Annual report on the working of the mental hospitals in the Madras Presidency - 1912-1932
Year: 1912
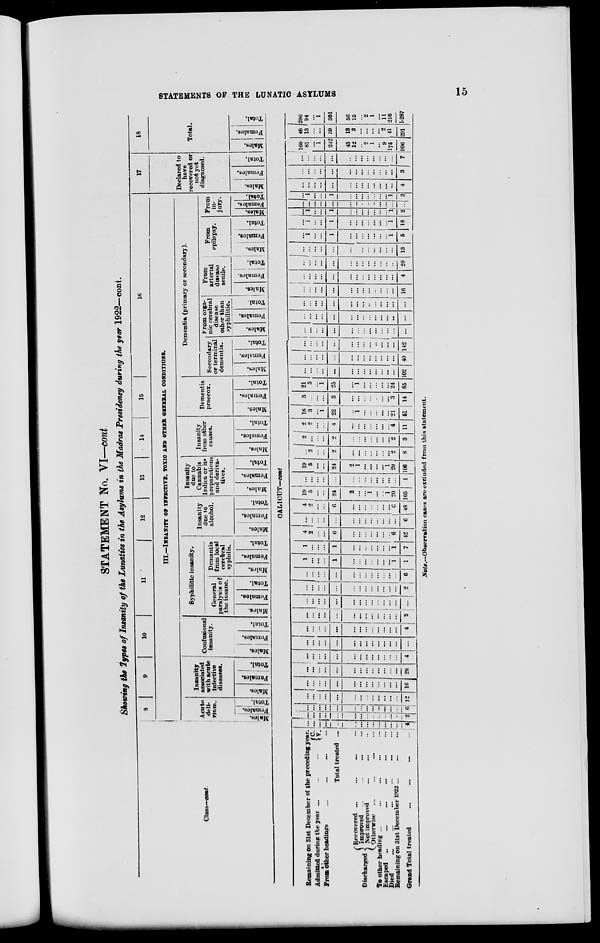
STATEMENTS OF THE LUNATIC ASYLUMS
15
STATEMENT No. VI—cont
Showing the types of Insanity of the Lunatics in the Asylums in the Madras Presidency during the year 1922—cont.
Class—cont.
Remaining on 31st December of the preceding year.
Admitted during the year ... ... ...
C.
V.
From other headings ... ... ... ...
Total treated ...
Discharged
Recovered ... ... ... ...
Improved ... ... ... ...
Not improved ... ... ...
Otherwise ... ... ... ...
To other heading ... ... ... ... ...
Escaped ... ... ... ... ...
Died ... ... ... ... ... ...
Remaining on 31st December 1922 ... ... ...
Grand Total treated ... ... ... ...
8
9
10
11
12
13
14
15
16
III—INSANITY
OF INFECTIVE, TOXIC AND OTHER GENERAL CONDITIONS.
Acute-
deli-
rium.
Males.
Females.
Total.
Insanity
associated
with acute
infective
diseases.
Males.
Females.
Total.
Confusional
insanity.
Males.
Females.
Total.
Syphilitic insanity.
General
paralysis of
the insane.
Males.
Females.
Total.
Demantia
from local
cerebral
syphilis.
Male.
Females.
Total.
Insanity
due to
alcohol.
Males.
Females.
Total.
Insanity
due to
cannabis
Indica or its
preparations
and deriva-
tives.
Male.
Females.
Total.
Insanity
from
other
causes.
Males.
Females.
Total.
Dementia
pracox.
Males.
Females.
Total.
Dementia (primary or secondary).
Secondry
or terminal
dementia.
Males.
Females.
Total.
From cerebral
disease
other than
syphilitic.
Males.
Females.
Total.
From
arterial
diasease
senile.
Males.
Females.
Total.
From
pilepsy.
Males.
Females.
Total.
From
in-
jury.
Males.
Female.
Total.
17
Declare to
have
recovered or
not yet
diagnosed.
Males.
Females.
Total.
18
Total.
Males.
Females.
Total.
CALICUT—cont.
...
...
...
....
...
...
...
...
...
...
...
...
...
4
...
...
...
...
...
...
...
...
...
...
..
...
...
2
...
...
...
...
...
...
...
...
...
...
...
...
...
6
...
...
...
...
...
...
...
...
...
...
...
...
...
12
...
...
...
...
...
...
...
...
...
...
...
...
....
16
...
...
...
...
...
...
...
...
...
...
...
...
...
28
...
...
...
...
...
...
...
...
...
...
...
...
...
4
...
...
...
...
...
...
...
...
...
...
...
...
...
...
...
...
...
...
...
...
...
...
...
...
...
...
...
4
...
...
...
...
...
...
...
...
...
...
...
...
...
2
...
...
...
...
...
...
...
...
...
...
...
...
...
...
...
...
...
...
...
...
...
...
...
...
...
...
...
2
. . .
...
...
...
...
...
...
...
...
...
...
...
...
6
1
...
...
...
1
...
...
...
...
...
...
...
1
1
1
...
...
...
1
...
...
...
...
...
...
...
1
7
4
2
...
...
6
...
...
...
...
...
...
...
6
42
...
...
...
...
...
...
...
...
...
...
...
...
...
6
4
2
...
...
6
...
...
...
...
...
...
...
6
48
19
5
...
...
24
2
...
...
1
...
...
1
20
105
...
...
...
...
...
...
...
...
...
...
...
...
...
1
19
5
...
...
24
2
1
...
...
...
...
1
20
106
...
2
...
...
2
...
...
...
...
...
...
...
2
8
2
...
...
...
2
...
...
...
...
...
...
...
2
3
2 2
...
...
4
...
...
...
...
...
...
...
4
11
18
3
...
1
22
...
1
...
...
...
...
...
21
51
3
...
...
...
3
...
...
...
...
...
...
...
3
14
21
3
...
1
25
...
1
...
...
...
...
...
24
65
...
...
...
...
...
...
...
...
...
...
...
...
...
102
...
...
...
...
...
...
...
...
...
...
...
...
...
40
...
...
...
...
...
...
...
...
...
...
...
...
...
142
...
...
...
...
...
...
...
...
...
...
...
...
...
...
...
...
...
...
...
...
...
...
...
...
...
...
...
...
...
...
...
...
...
...
...
...
...
...
...
...
...
...
...
...
...
...
...
...
...
...
...
...
...
...
...
16
...
...
...
...
...
...
...
...
...
...
...
...
...
4
...
...
...
...
...
...
...
...
...
...
...
...
...
20
...
...
...
...
...
...
...
...
...
...
...
...
...
13
...
1
...
...
1
...
...
...
...
...
...
...
1
5
...
1
...
...
1
...
...
...
...
...
...
...
1
18
...
1
...
...
1
...
...
...
...
...
...
...
1
2
...
...
...
...
...
...
...
...
...
...
...
...
...
...
...
1
...
...
1
...
...
...
...
...
...
...
1
2
...
...
...
...
...
...
...
...
...
...
...
...
...
4
...
...
...
...
...
...
...
...
...
...
...
...
...
3
...
...
...
...
...
...
...
...
...
...
...
...
...
7
160
81
...
1
242
43
12
... 2
1
...
9
175
996
46
13
...
...
59
13
3
...
...
...
...
2
41
291
206
94
...
1
301
56
15
...
2
1
...
11
216
1,287
Note.—Observation cases are excluded from this statement.